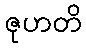
ဇုဟတိ